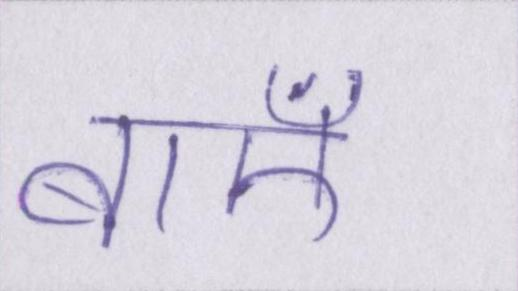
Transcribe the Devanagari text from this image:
बाएँ